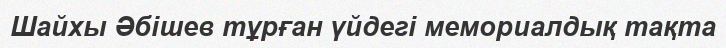
Шайхы Әбішев тұрған үйдегі мемориалдық тақта